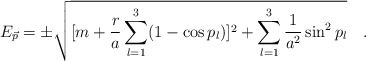
\begin{align*}E_{\vec{p}}=\pm \sqrt{[m+\frac{r}{a}\sum_{l=1}^{3}(1-\cos p_{l})]^{2}+\sum_{l=1}^{3}\frac{1}{a^{2}}\sin ^{2}p_{l}}\quad .\end{align*}